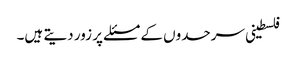
فلسطینی سرحدوں کے مسئلے پر زور دیتے ہیں۔